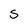
Character: S